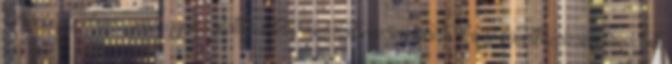
történt. Az elsőszámú gyanúsítottként letartóztatott mesemondó eleinte következetesen tagadott,